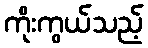
ကိုးကွယ်သည့်